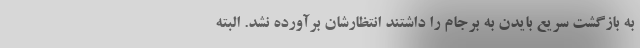
به بازگشت سریع بایدن به برجام را داشتند انتظارشان برآورده نشد. البته